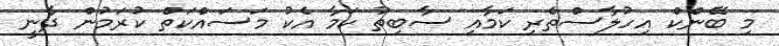
މި ބޭންކް އިހުލާސްތެރި ކަމާއި ސާބިތު ކަމާ އެކު މަސައްކަތް ކުރަމުން ދާނީ